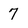
Character: 7